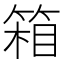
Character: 箱